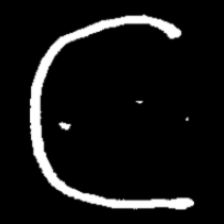
Pyu character \u2014 Myanmar letter: ဋ (romanized: tta)